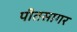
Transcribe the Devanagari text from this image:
पीतसागर